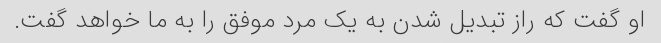
او گفت که راز تبدیل شدن به یک مرد موفق را به ما خواهد گفت.